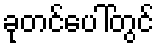
ခုတင်ပေါ်တွင်